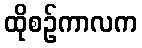
ထိုစဉ်ကာလက